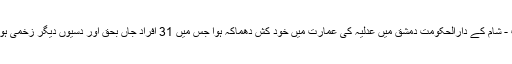
الوقت - شام کے دارالحکومت دمشق میں عدلیہ کی عمارت میں خود کش دھماکہ ہوا جس میں 31 افراد جاں بحق اور دسیوں دیگر زخمی ہوگئے۔